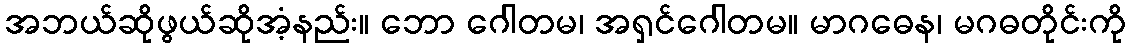
အဘယ်ဆိုဖွယ်ဆိုအံ့နည်း။ ဘော ဂေါတမ၊ အရှင်ဂေါတမ။ မာဂဓေန၊ မဂဓတိုင်းကို